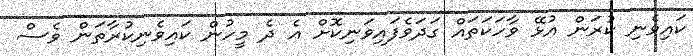
ކައިވެނި ކުރަން އުޅޭ ވާހަކަތައް ގަދަވެފައިވަނިކޮށް އެ ދެ މީހުން ކައިވެނިކުރާތަން ވެސް